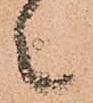
々